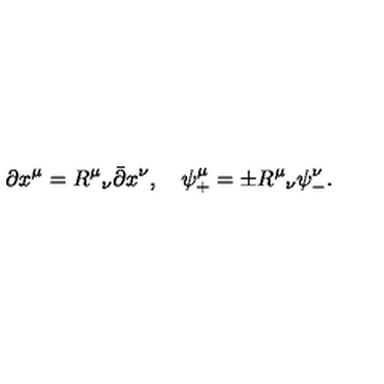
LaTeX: \partial x ^ { \mu } = R ^ { \mu } { } _ { \nu } \bar { \partial } x ^ { \nu } , \quad \psi _ { + } ^ { \mu } = \pm R ^ { \mu } { } _ { \nu } \psi _ { - } ^ { \nu } .